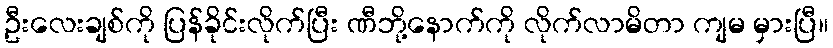
ဦးလေးချစ်ကို ပြန်ခိုင်းလိုက်ပြီး ဏီဘို့နောက်ကို လိုက်လာမိတာ ကျမ မှားပြီ။